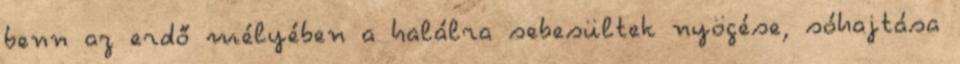
benn az erdő mélyében a halálra sebesültek nyögése, sóhajtása